Code of medical and sanitary regulations for the guidance of medical officers serving in the Madras Presidency - Volume I
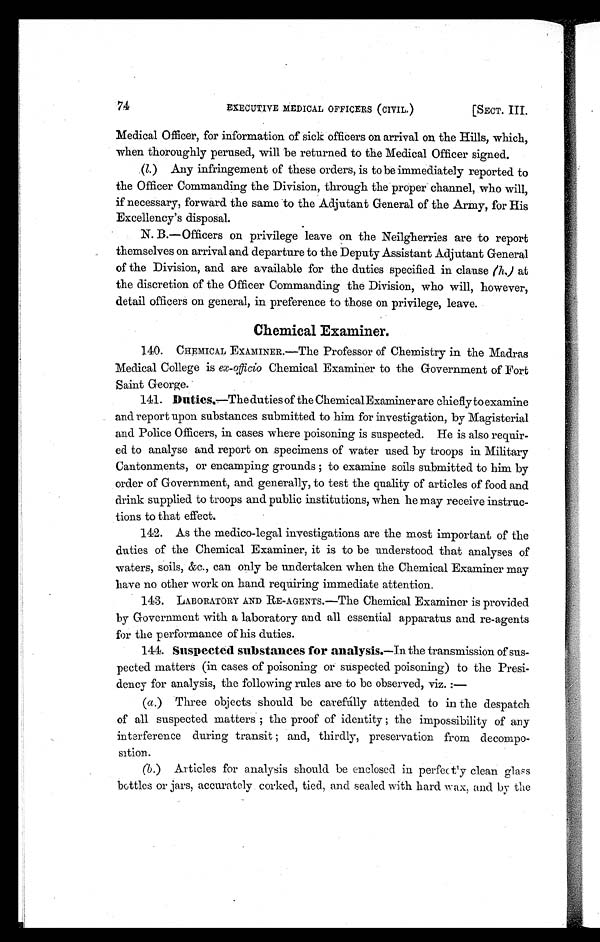
74
EXECUTIVE MEDICAL OFFICERS (CIVIL.)
[SECT. III.
Medical Officer, for information of sick officers on arrival on the Hills, which,
when thoroughly perused, will be returned to the Medical Officer signed.
(l .) Any infringement of these orders, is to be immediately reported to
the Officer Commanding the Division, through the proper channel, who will,
if necessary, forward the same to the Adjutant General of the Army, for His
Excellency's disposal.
N. B.—Officers on privilege leave on the Neilgherries are to report
themselves on arrival and departure to the Deputy Assistant Adjutant General
of the Division, and are available for the duties specified in clause ( h,) at
the discretion of the Officer Commanding the Division, who will, however,
detail officers on general, in preference to those on privilege, leave.
Chemical Examiner.
1 4 0 . C H E M I C A L E X A M I N E R . — T h e P r o f e s s o r o f C h e m i s t r y i n t h e M a d r a s
Medical College is ex-officio Chemical Examiner to the Government of Fort
Saint George.
1 4 1 .
D u t i e s
. — T h e d u t i e s o f t h e C h e m i c a l E x a m i n e r a r e c h i e f l y t o e x a m i n e
and report upon substances submitted to him for investigation, by Magisterial
and Police Officers, in cases where poisoning is suspected. He is also requir
- e d . t o a n a l y s e a n d r e p o r t o n s p e c i m e n s o f w a t e r u s e d b y t r o o p s i n M i l i t a r y
Cantonments, or encamping grounds ; to examine soils submitted to him by
order of Government, and generally, to test the quality of articles of food and
drink supplied to troops and public institutions, when he may receive instruc
- t i o n s t o t h a t e f f e c t .
1 4 2 . A s t h e m e d i c o - l e g a l i n v e s t i g a t i o n s a r e t h e m o s t i m p o r t a n t o f t h e
duties of the Chemical Examiner, it is to be understood that analyses of
w a t e r s , s o i l s , & c . , c a n o n l y b e u n d e r t a k e n w h e n t h e C h e m i c a l E x a m i n e r m a y
have no other work on hand requiring immediate attention.
1 4 3 . L A B O R A T O R Y A N D R E - A G E N T S . — T h e C h e m i c a l E x a m i n e r i s p r o v i d e d
by Government with a laboratory and all essential apparatus and re-agents
for the performance of his duties.
1 4 4 .
S u s p e c t e d s u b s t a n c e s f o r a n a l y s i s
. —I n t he t r ansmi ssi on of sus-
pected matters (in cases of poisoning or suspected poisoning) to the Presi
dency for analysis, the following rules are to be observed, viz. :—
(
a .)
T h r e e o b j e c t s s h o u l d b e c a r e f u l l y a t t e n d e d t o i n t h e d e s p a t c h
of all suspected matters ; the proof of identity ; the impossibility of any
i n t e r f e r e n c e d u r i n g t r a n s i t ; a n d , t h i r d l y , p r e s e r v a t i o n f r o m
d e c o m p o - s i t i o n .
(
b .)
A r t i c l e s f o r a n a l y s i s s h o u l d b e e n c l o s e d i n p e r f e c t l y c l e a n g l a s s
bottles or jars, accurately corked., tied, and sealed with hard wax, and by the